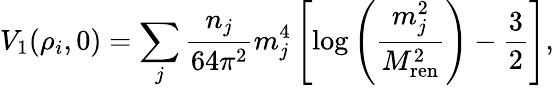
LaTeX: V_{1}(\rho_{i},0)=\sum_{j}{\frac{n_{j}}{64\pi^{2}}}m_{j}^{4}\left[\log\left({\frac{m_{j}^{2}}{M_{\mathrm{ren}}^{2}}}\right)-{\frac{3}{2}}\right],